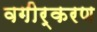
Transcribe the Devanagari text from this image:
वगीर्करण